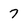
Character: 7